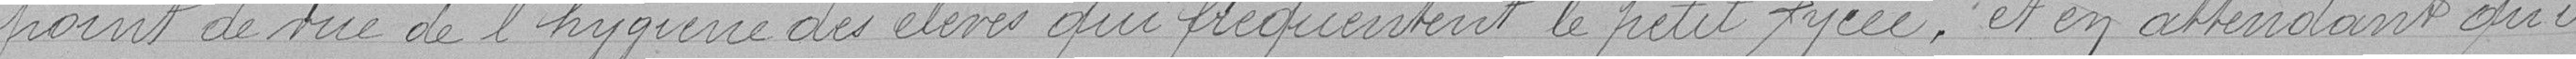
point de vue de l'hygiène des élèves qui fréquentent le petit lycée, et en attendant qu'il